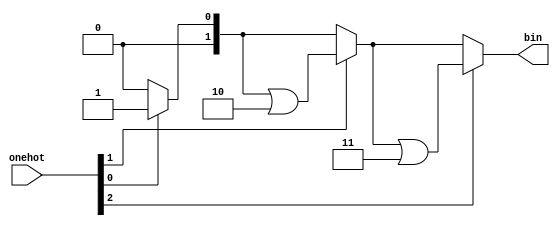
`timescale 1ns / 1ps

/*---------------------------*/
/* One-Hot to Binary Encoder */
/*---------------------------*/

// One-hot to binary encoder (if input is (0)0 or (0)1, the output is 0)
module onehot_to_bin 
  #(
    parameter BIN_W = 2
    )
   (
    input [2**BIN_W-1:1]   onehot,
    output reg [BIN_W-1:0] bin 
    );
   always @ (onehot) begin: onehot_to_binary_encoder
      integer i;
      reg [BIN_W-1:0] bin_cnt ;
      bin_cnt = 0;
      for (i=1; i<2**BIN_W; i=i+1)
        if (onehot[i]) bin_cnt = bin_cnt|i;
      bin = bin_cnt;    
   end
endmodule  // onehot_to_bin